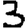
Digit: 3